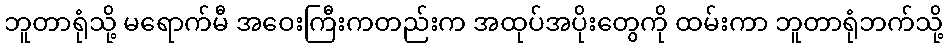
ဘူတာရုံသို့ မရောက်မီ အဝေးကြီးကတည်းက အထုပ်အပိုးတွေကို ထမ်းကာ ဘူတာရုံဘက်သို့